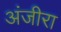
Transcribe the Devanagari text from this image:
अंजीरा